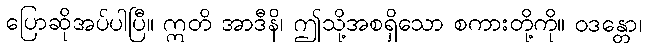
ပြောဆိုအပ်ပါပြီ။ ဣတိ အာဒီနိ၊ ဤသို့အစရှိသော စကားတို့ကို။ ဝဒန္တော၊